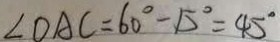
\angle O A C = 6 0 ^ { \circ } - 1 5 ^ { \circ } = 4 5 ^ { \circ }